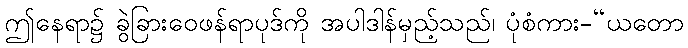
ဤနေရာ၌ ခွဲခြားဝေဖန်ရာပုဒ်ကို အပါဒါန်မှည့်သည်၊ ပုံစံကား-“ယတော